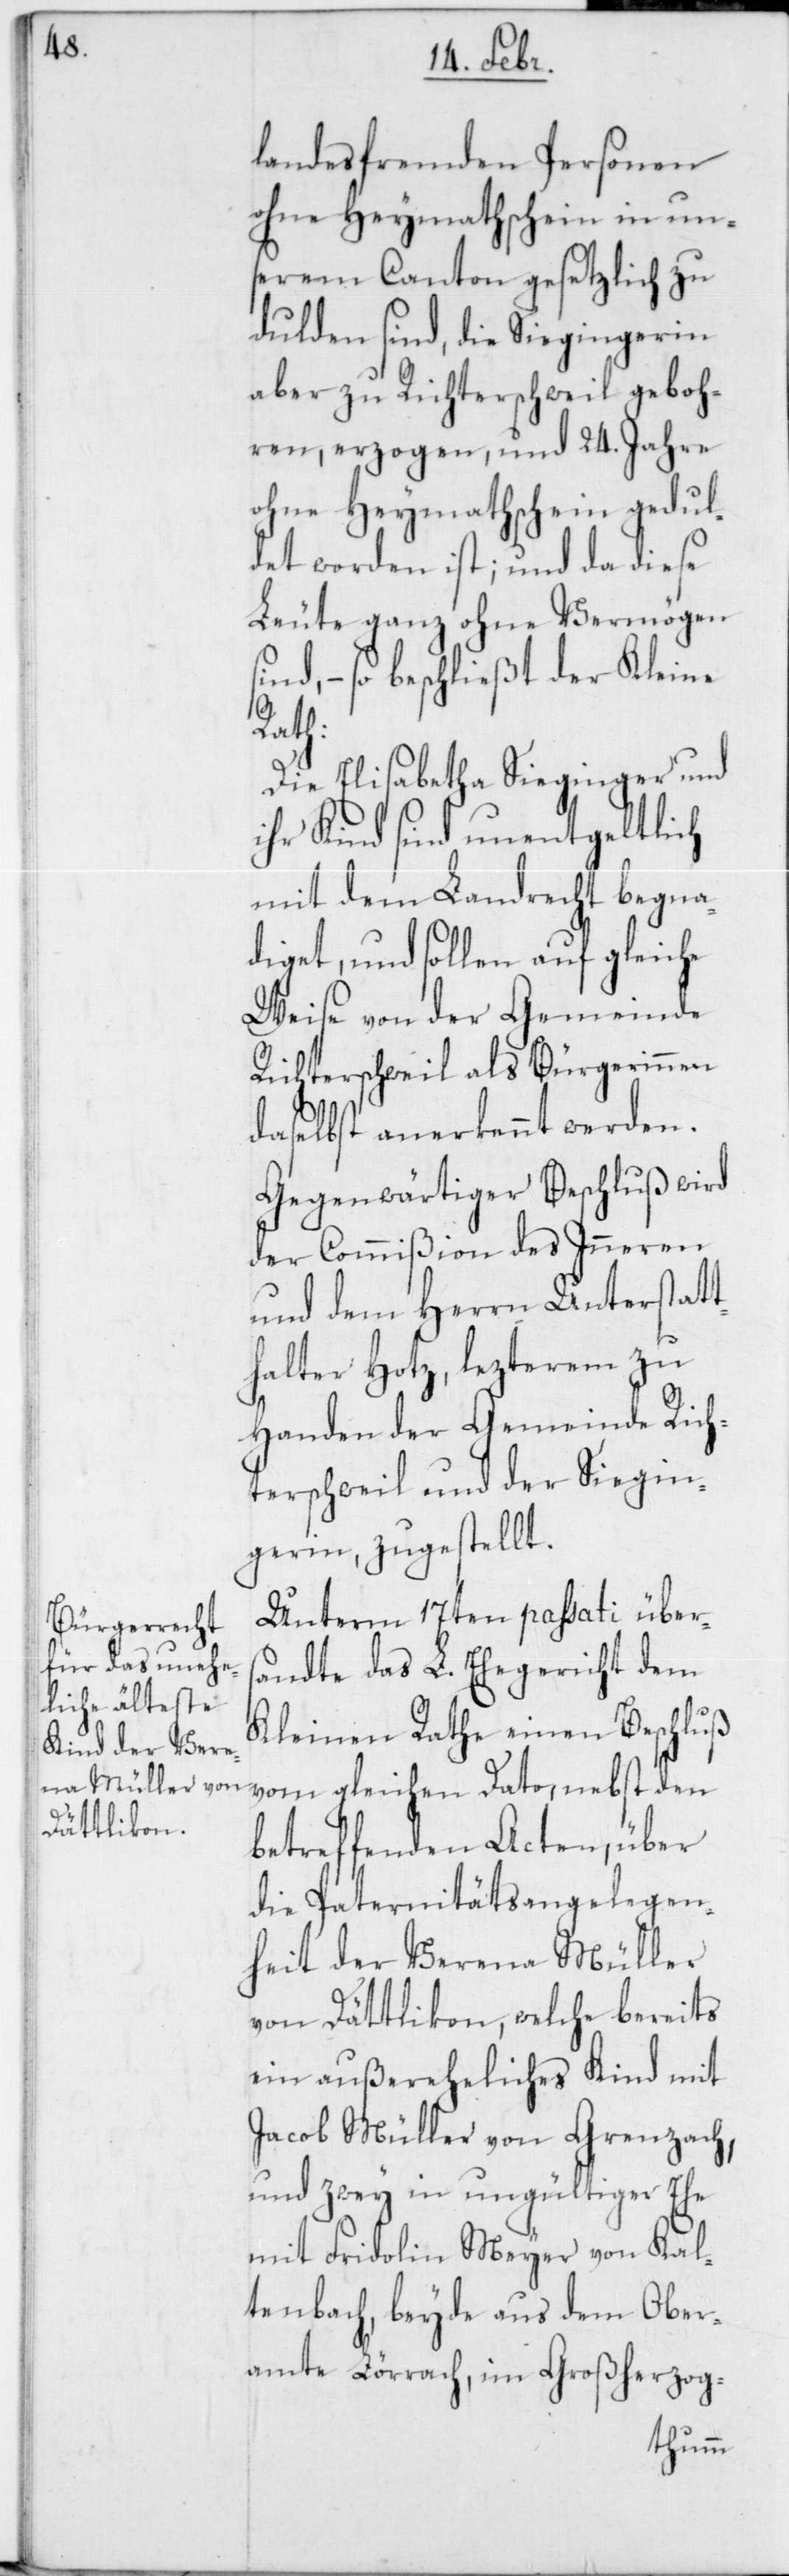
landesfremden Personen
ohne Heymathschein in un¬
serem Canton gesetzlich zu
dulden sind, die Siegingerin
aber zu Richterschweil geboh¬
ren, erzogen, und 24. Jahre
ohne Heymathschein gedul¬
det worden ist; und da diese
Leute ganz ohne Vermögen s¬
ind, – so beschließt der Kleine
Rath:
Die Elisabetha Sieginger und
ihr Kind sind unentgeltlich
mit dem Landrecht begna¬
diget, und sollen auf gleiche
Weise von der Gemeinde
Richterschweil als Bürgerinnen
daselbst anerkennt werden.
Gegenwärtiger Beschluß wird
der Commißion des Inneren
und dem Herrn Unterstat¬
thalter Hotz, lezterem zu
Handen der Gemeinde Rich¬
terschweil und der Siegin¬
gerin, zugestellt.
Unterm 17ten passati über¬
sandte das L. Ehegericht dem
Kleinen Rathe einen Beschluß
betreffenden Acten, über
die Paternitätsangelegen¬
heit der Verena Müller
von Dättlikon, welche bereits
ein außereheliches Kind mit
Jacob Müller von Grenzach,
und zwey in ungültiger Ehe
mit Fridolin Meyer von Kal¬
tenbach, beyde aus dem Ober¬
amte Lörrach, im Großherzog-